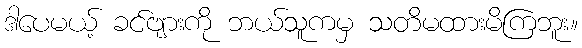
ဒါပေမယ့် ခင်ဗျားကို ဘယ်သူကမှ သတိမထားမိကြဘူး။